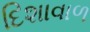
દિશાવાળ